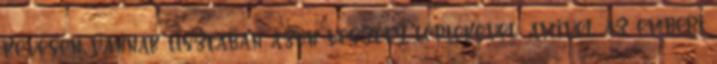
kevesen vannak tisztában azon veszély léptékével, amivel az emberi